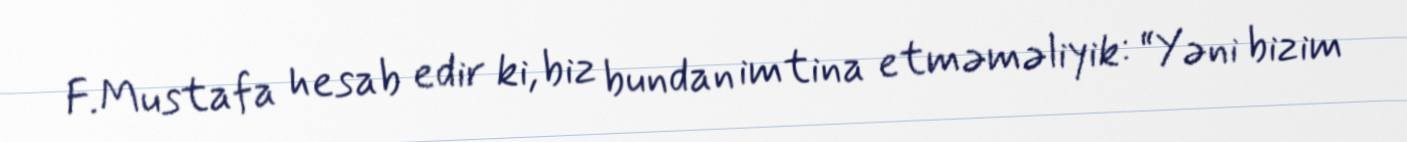
F.Mustafa hesab edir ki, biz bundan imtina etməməliyik: “Yəni bizim